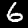
Digit: 6